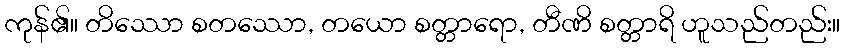
ကုန်၏။ တိဿော စတဿော, တယော စတ္တာရော, တီဏိ စတ္တာရိ ဟူသည်တည်း။